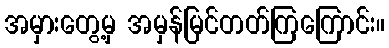
အမှားတွေ့မှ အမှန်မြင်တတ်ကြကြောင်း။